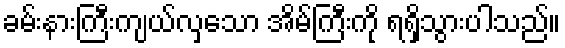
ခမ်းနားကြီးကျယ်လှသော အိမ်ကြီးကို ရရှိသွားပါသည်။